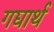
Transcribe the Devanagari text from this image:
गद्यार्थ